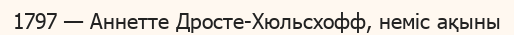
1797 — Аннетте Дросте-Хюльсхофф, неміс ақыны